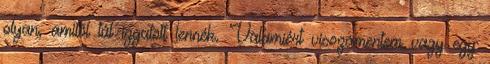
olyan, amitől túl izgatott lennék. Valamiért visszamentem vagy egy